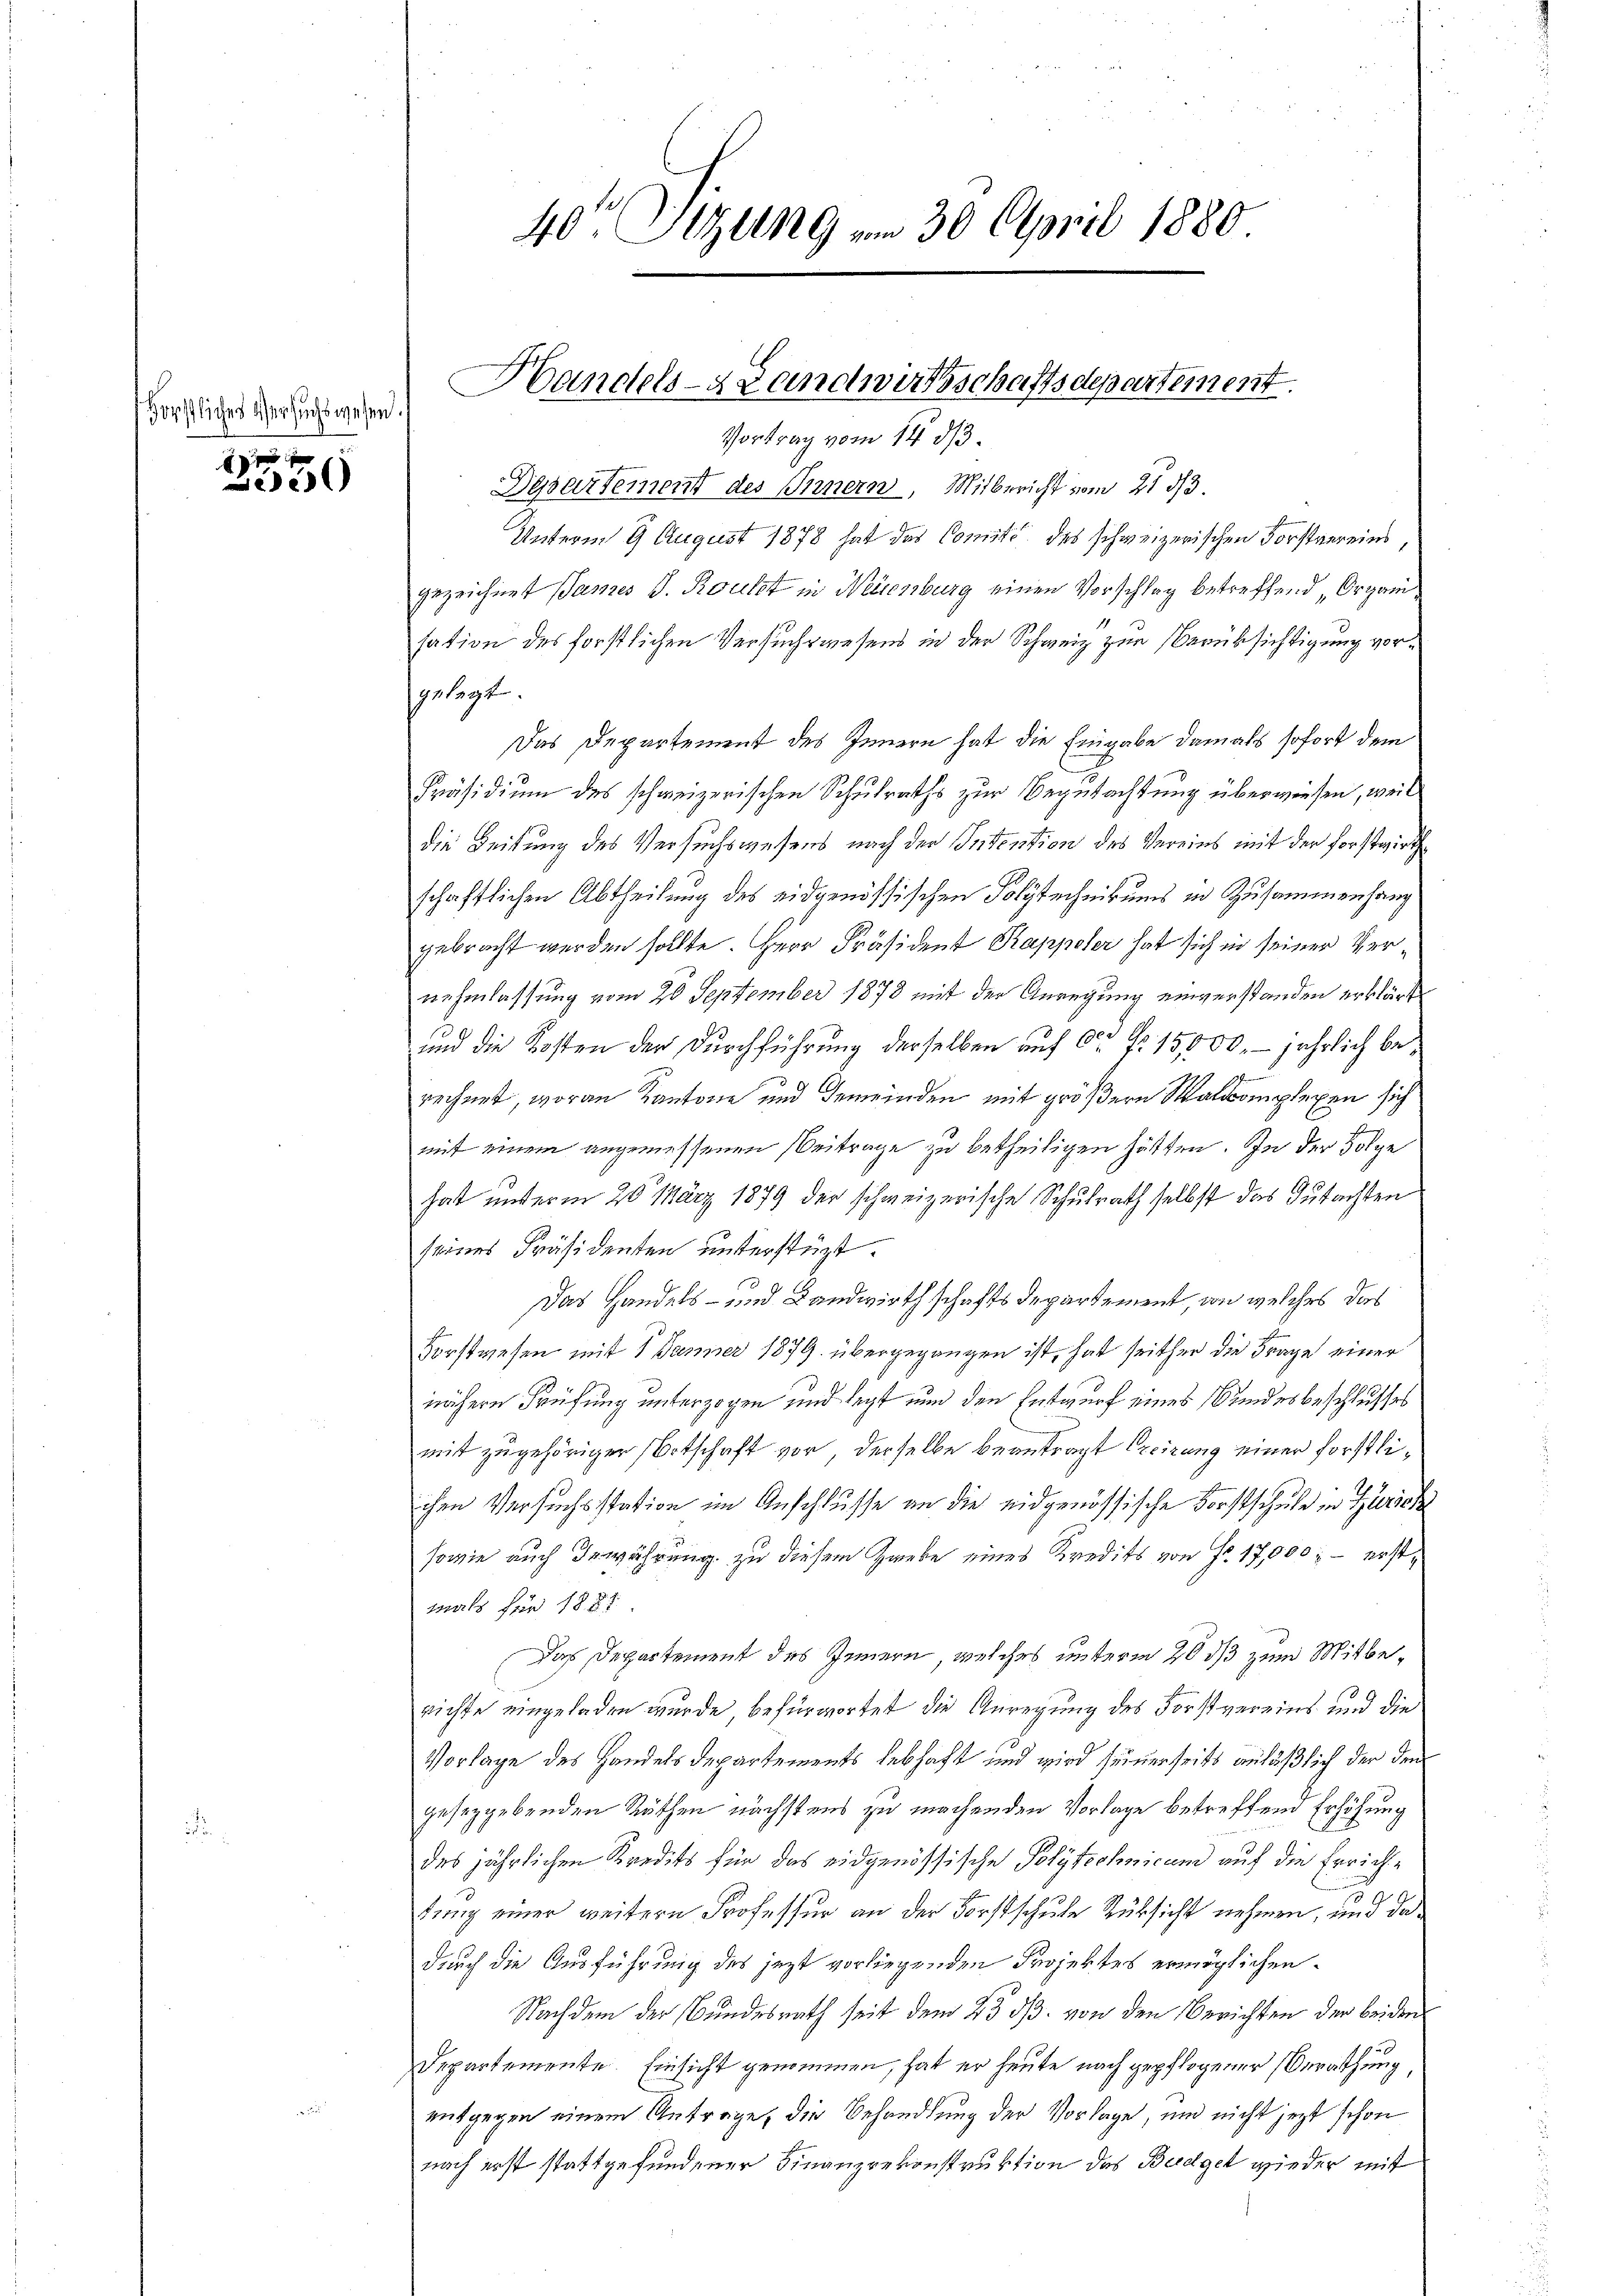
Hörstliches Versuchswesen.

250

40r Sitzung vom 30. April 1880

Handels-Handwirtschaftsdepartement.
Vortrag vom 14. ds.

Desartement des Innern, Mitbericht vom 21 2/3.
Unterm 9. August 1878 hat das Comité des schweizerischen Forstvereins,
gezeichnet sames J. Routzt in Neuenburg einen Vorschlag betreffend „Organi
sation des forstlichen Versuchswesens in der Schweiz zur Verüksichtigung vorsgelegt.
Das Departement des Innern hat die Eingabe damals sofort dem
Präsidium des schweizerischen Schulraths zur Begutachtung überwiesen, weil
die Leitung des Versuchswesens nach der Intention des Vereins mit der Forstwirth
schaftlichen Abtheilung des eidgenössischen Folytechnikums in Zusammenhang
gebracht werden sollte. Herr Präsident Rappeler hat sich in seiner Vernehmlassung vom 20 September 1878 mit der Anregung einverstanden erklärt
und die Kosten der Durchführung derselben auf ca Fr. 15,000. jährlich berechnet, woran Kantone und Gemeinden mit größern Waldkomplexen sich
mit einem angemessenen Beitrage zu betheiligen hätten. In der Folge
hat unterm 20. März 1879 der schweizerische Schulrath selbst das Gutachten
seines Präsidenten unterstüzt.
Das Handels- und Landwirthschaftsdepartement, an welches das
Forstwesen mit 1 Jänner 1879. übergegangen ist, hat seither die Frage einer
nähern Prüfung unterzogen und legt nun den Entwurf eines Bundesbeschlusses
mit zugehöriger Ortschaft vor, derselbe beantragt Creizung einer forstlichen Versuchsstation im Anschlusse an die eidgenössische Forstschule in Zürich
sowie auch Gewährung zu diesem Zaube eines Kredits von Fr. 17,000; – erstwals für 1887
Das Departement des Innern, welches unterm 20 dß zum Mitberichte eingeladen wurde, befürwortet die Anregung des Forstvereins und die
Vorlage des Handelsdepartements lebhaft und wird seinerseits anläßlich der den
geseggebenden Räthen nächstens zu machenden Vorlage betreffend Erhöhung
des jährlichen Kredits für das eidgenössische Polytechnicum auf die Errichte
u
tung einer weitern Professur an der Forstschule Rüksicht nehmen, und da
durch die Ausführung des jezt vorliegenden Projektes ermöglichen
Nachdem der Bundesrath seit dem 23 dß. von den Berichten der beiden
Departemente. Einsicht genommen, hat er heute nach gepflogener Berathung
entgegen einem Antrage, die Behandlung der Vorlage, und nicht jetzt schon
nach erst stattgefundener Finanzrekonstruktion das Budget wieder mit